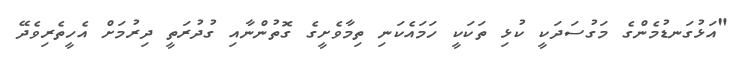
"އަޅުގަނޑުމެންގެ މަގުސަދަކީ ކުޅި ތަކަކީ ހަމައެކަނި ތިމާވެށީގެ ގޮތުންނާއި ގުދުރަތީ ދިރުމަށް އެހީތެރިވެދޭ